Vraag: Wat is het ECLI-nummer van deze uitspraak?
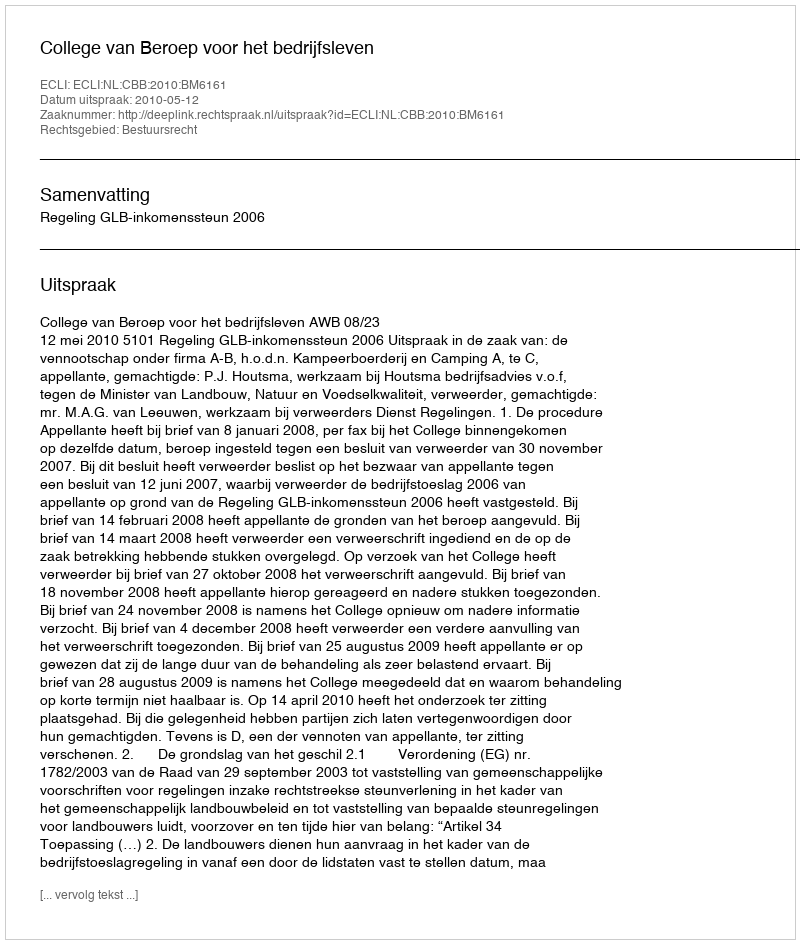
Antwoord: ECLI:NL:CBB:2010:BM6161